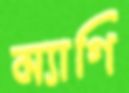
ম্যাগি